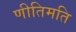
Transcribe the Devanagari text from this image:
णीतिमति